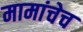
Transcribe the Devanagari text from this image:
मामांचेच